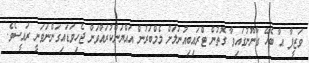
ވަޒީފާ އާ ބެހޭ ގާނޫނުގައިވާ ގޮތުން ޓްރައިބިއުނަލަށް މެމްބަރުން އައްޔަންކުރައްވަން ޖެހިވަޑައިގަންނަވަނީ ރައީސެވެ.